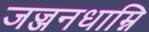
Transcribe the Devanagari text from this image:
जज्जनधाम्नि